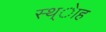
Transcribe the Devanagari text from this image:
स्थ्ेाह